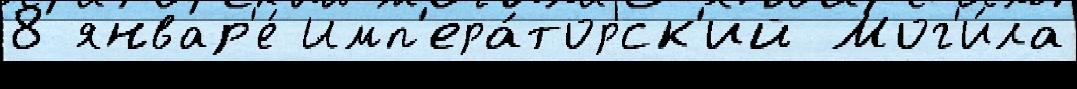
8 январ'е́ Имп'ера́торск'ий Мог'и́ла